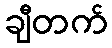
ချီတက်